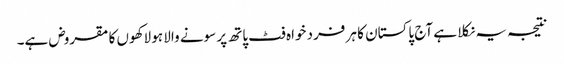
نتیجہ یہ نکلا ہے آج پاکستان کا ہر فرد خواہ فٹ پاتھ پر سونے والا ہو لاکھوں کا مقروض ہے۔